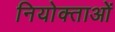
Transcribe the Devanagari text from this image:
नियोक्‍ताओं